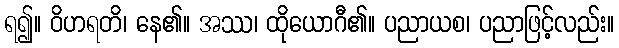
ရ၍။ ဝိဟရတိ၊ နေ၏။ အဿ၊ ထိုယောဂီ၏။ ပညာယစ၊ ပညာဖြင့်လည်း။